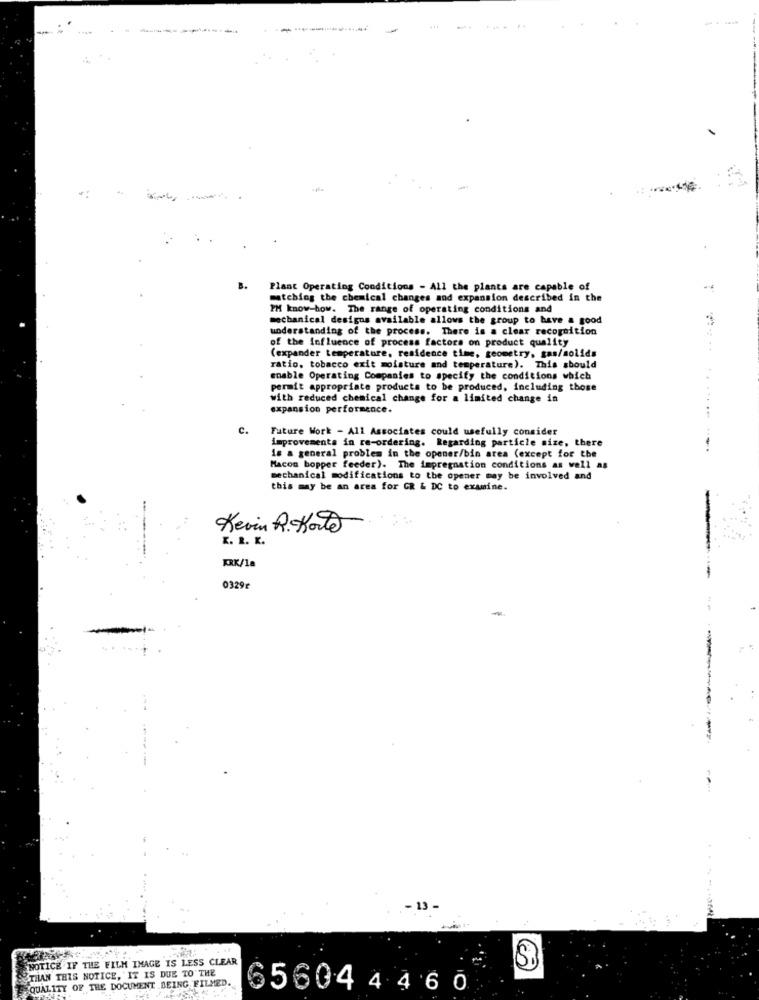
Plant Operating Conditions - All the plants are capable of
matching the chemical changes and expansion described in the
PH know-how. The range of operating conditions and
mechanical designs available allows the group to have a good
understanding of the process. There is a clear recognition
of the influence of process factors on product quality
(expander temperature, residence time, geometry, gas/solids
ratio, tobacco exit moisture and temperature). This should
enable Operating Companies to specify the conditions which
permit appropriate products to be produced, including those
...
with reduced chemical change for a limited change in
expansion performence.
c.
Future Work - All Associates could usefully consider
improvements in re-ordering. Regarding particle size, there
------.
is a general problem in the opener/bin area (except for the
Macon bopper feeder). The impregnation conditions as well as
mechanical modifications to the opener may be involved and
this may be an area for GR & DC to examine.
-
Kevin R. Kort
K. R. K.
KRK/18
0329₾
NOTICE IF THE FILM IMAGE IS LESS CLEAR
Si
THAN THIS NOTICE, IT IS DUE TO THE
QUALITY OF THE DOCUMENT BEING FILMED.
656044460